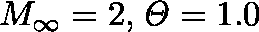
M _ { \infty } = 2 , \mathit { \Theta } = 1 . 0